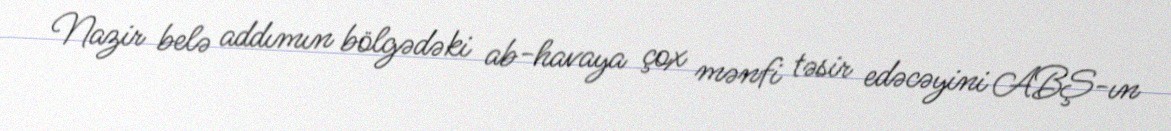
Nazir belə addımın bölgədəki ab-havaya çox mənfi təsir edəcəyini ABŞ-ın